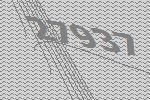
27937